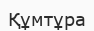
Құмтұра